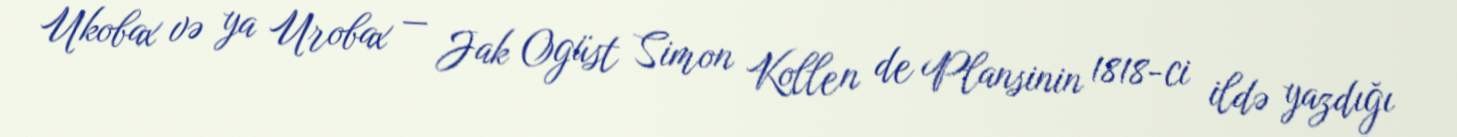
Ukobax və ya Urobax — Jak Ogüst Simon Kollen de Plansinin 1818-ci ildə yazdığı